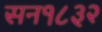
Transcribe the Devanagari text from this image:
सन१८३२